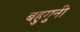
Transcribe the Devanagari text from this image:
बहुगुनी